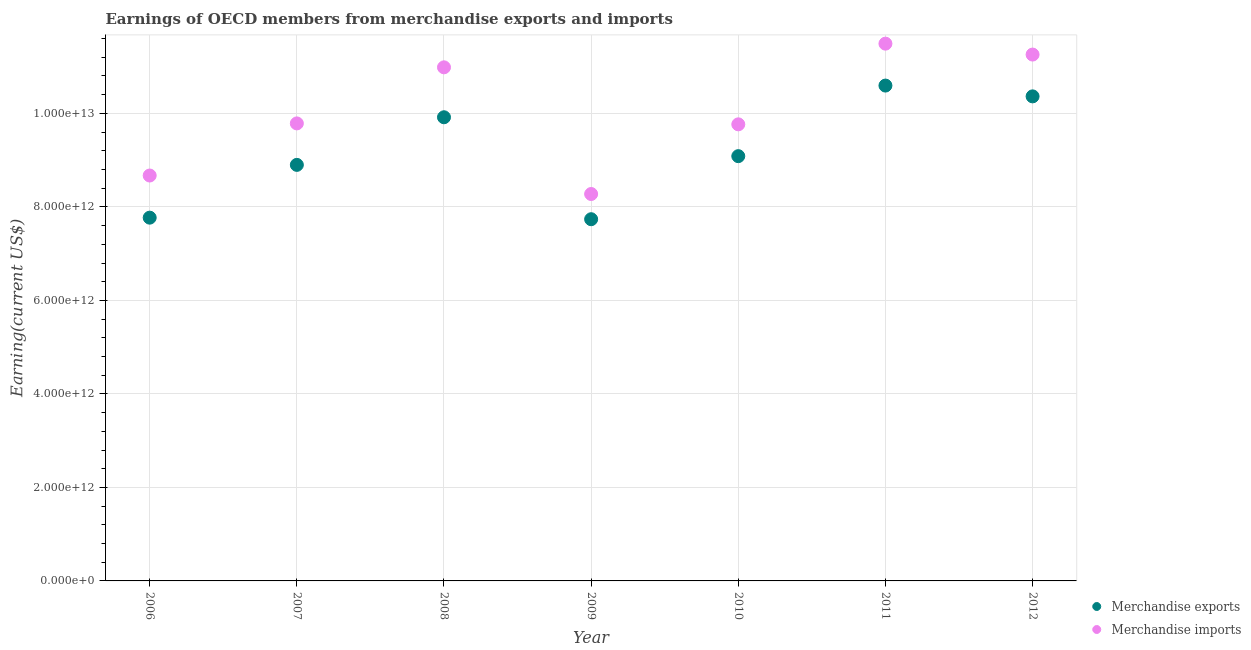
| Year | Merchandise exports | Merchandise imports |
 | --- | --- | --- |
 | 2006 | 7.77e+12 | 8.67e+12 |
 | 2007 | 8.9e+12 | 9.79e+12 |
 | 2008 | 9.92e+12 | 1.1e+13 |
 | 2009 | 7.74e+12 | 8.28e+12 |
 | 2010 | 9.09e+12 | 9.77e+12 |
 | 2011 | 1.06e+13 | 1.15e+13 |
 | 2012 | 1.04e+13 | 1.13e+13 |